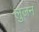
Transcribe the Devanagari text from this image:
लुजन